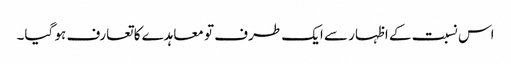
اس نسبت کے اظہار سے ایک طرف تو معاہدے کا تعارف ہو گیا۔